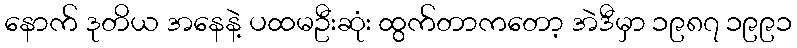
နောက် ဒုတိယ အနေနဲ့ ပထမဦးဆုံး ထွက်တာကတော့ အဲဒီမှာ ၁၉၈၇ ၁၉၉၁